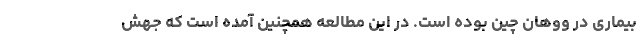
بیماری در ووهان چین بوده است. در این مطالعه همچنین آمده است که جهش